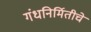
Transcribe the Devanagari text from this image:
गंधनिर्मितीचे